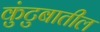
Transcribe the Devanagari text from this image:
कुंटुबातील